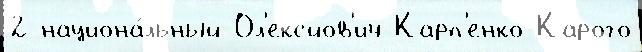
2 национа́льный Ол'ексйов'ич Карп'енко-Карого